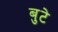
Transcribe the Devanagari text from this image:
बुटे